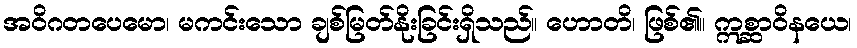
အဝိဂတပေမော၊ မကင်းသော ချစ်မြတ်နိုးခြင်းရှိသည်။ ဟောတိ၊ ဖြစ်၏။ ဣစ္ဆာဝိနယေ၊